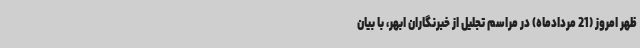
ظهر امروز (21 مردادماه) در مراسم تجلیل از خبرنگاران ابهر، با بیان